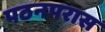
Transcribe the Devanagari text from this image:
पठनपरास